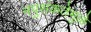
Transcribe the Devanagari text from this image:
नपुसंकतेमुळे